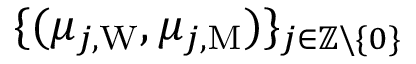
\{ ( \mu _ { j , \mathrm { W } } , \mu _ { j , \mathrm { M } } ) \} _ { j \in \mathbb { Z } \backslash \{ 0 \} }